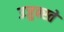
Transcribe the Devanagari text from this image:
उजुक्स्ते